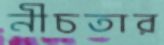
নীচতার